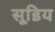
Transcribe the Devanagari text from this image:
सूडिय